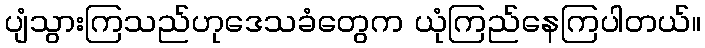
ပျံသွားကြသည်ဟုဒေသခံတွေက ယုံကြည်နေကြပါတယ်။